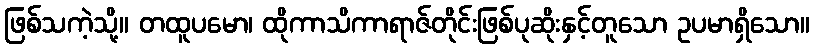
ဖြစ်သကဲ့သို့။ တထူပမော၊ ထိုကာသိကာရာဇ်တိုင်းဖြစ်ပုဆိုးနှင့်တူသော ဥပမာရှိသော။